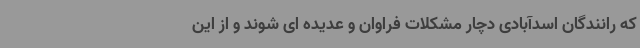
که رانندگان اسدآبادی دچار مشکلات فراوان و عدیده ای شوند و از این